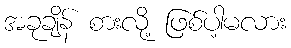
အခုချိန် စားလို့ ဖြစ်ပါ့မလား